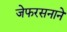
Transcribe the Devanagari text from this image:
जेफरसनाने